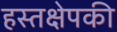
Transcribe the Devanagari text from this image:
हस्तक्षेपकी